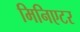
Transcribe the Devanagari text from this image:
मिनिएटर